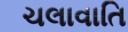
ચલાવાતિ